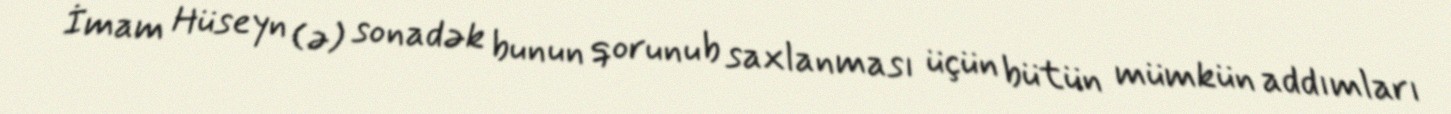
İmam Hüseyn (ə) sonadək bunun qorunub saxlanması üçün bütün mümkün addımları